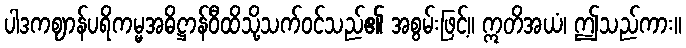
ပါဒကဈာန်ပရိကမ္မအဓိဋ္ဌာန်ဝီထိသို့သက်ဝင်သည်၏ အစွမ်းဖြင့်။ ဣတိအယံ၊ ဤသည်ကား။